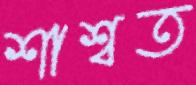
শাশ্বত